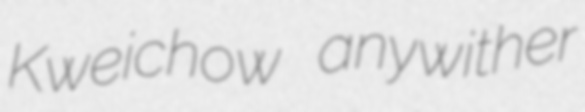
Kweichow anywither